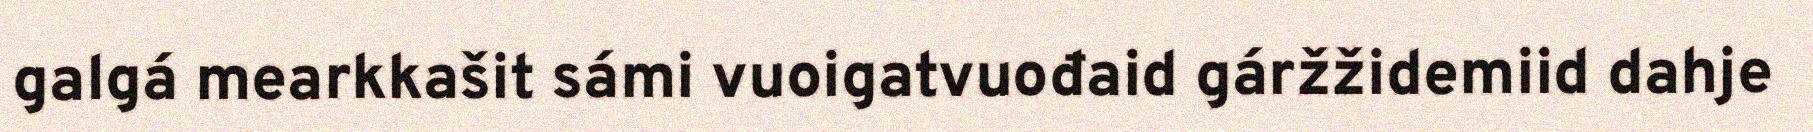
galgá mearkkašit sámi vuoigatvuođaid gáržžidemiid dahje